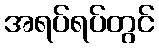
အရပ်ရပ်တွင်